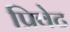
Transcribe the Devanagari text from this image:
प्रिवेट